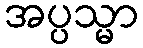
အပ္ပသ္မာ